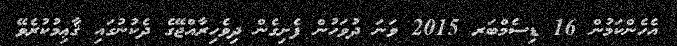
އެހެންކަމުން 16 ޑިސެމްބަރ 2015 ވަނަ ދުވަހުން ފެށިގެން ދިވެހިރާއްޖޭގެ ދެކުނުގައި ޤާޢިމުކުރެވޭ